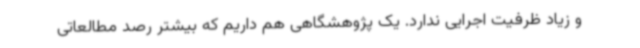
و زیاد ظرفیت اجرایی ندارد. یک پژوهشگاهی هم داریم که بیشتر رصد مطالعاتی